Vaccination in the Punjab 1919-1929 - 1919-1929
Year: 1919
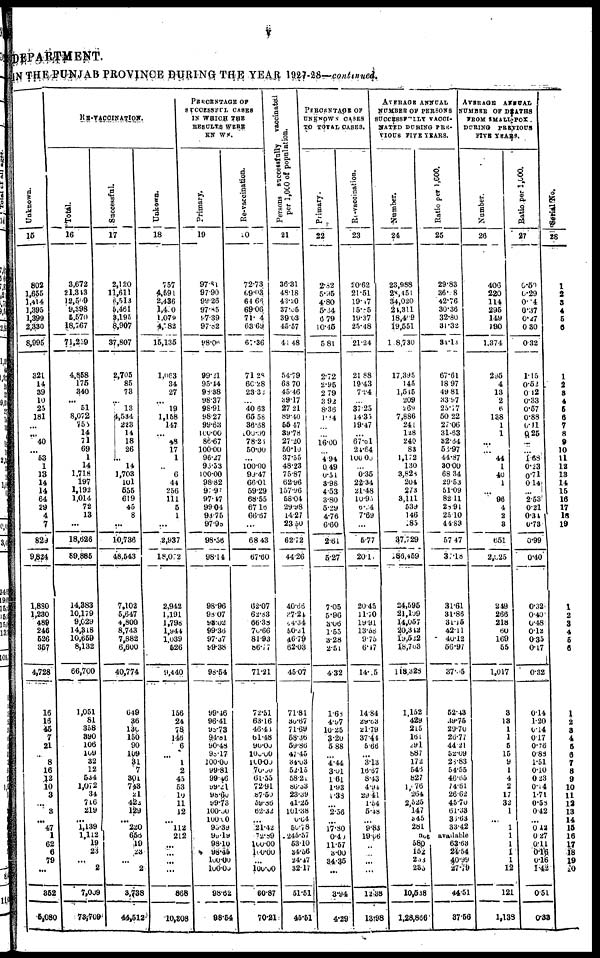
V
DEPARTMENT.
IN THE PUNJAB PROVINCE DURING THE YEAR 1927-28—continued.
Unknown.
15
802
1,655
1,414
1,395
1,399
2,330
8,995
321
14
39
10
25
181
...
...
40
...
53
1
13
14
14
64
29
4
7
829
9,824
1,880
1,230
489
246
526
357
4,728
16
16
45
7
21
...
8
16
42
10
3
...
3
...
47
1
62
6
79
...
352
5,080
RE-VACCINATION.
Total.
16
3,672
21,313
12,509
9,398
5,570
18,767
71,259
4,858
176
340
...
51
8,072
755
14
71
69
1
14
1,718
197
1,192
1,014
72
13
...
18,626
89.885
14,383
10,179
9,029
14,318
10,659
8,132
66,700
1,051
81
358
390
106
109
32
12
534
1,072
34
716
219
...
1,139
1,112
19
23
...
2
7,009
73,709
Successful.
17
2,120
11,611
6,513
5,461
3,195
8,907
37,807
2,705
85
73
...
13
4,534
223
14
18
26
...
14
1,703
101
555
619
45
8
...
10,736
48,543
7,102
5,647
4,800
8,743
7,882
6,600
40,774
649
36
130
150
90
109
31
7
301
743
21
422
129
...
220
665
19
23
...
2
3,738
44,512
Unkown.
18
757
4,591
2,436
1,490
1,079
4,782
15,135
1,063
34
27
. ..
19
1,158
147
...
8
17
1
...
6
44
256
111
5
1
...
2,937
18,072
2,942
1,191
1,798
1,944
1,039
526
9,440
156
24
78
146
6
...
1
2
45
53
10
11
12
...
112
212
...
...
...
...
868
10,308
PERCENTAGE OF
SUCCESSFUL CASES
IN WHICH THE
RESULTS WERE
KNOWN.
Primary.
19
97.81
97.90
99.26
97.85
97.39
97.82
98.06
99.21
95.44
98.38
98.37
98.91
98.27
99.63
100.00
86.67
100.00
96.27
96.53
100.00
98.82
97.97
97.47
99.04
93.75
97.98
98.56
98.14
98.96
98.07
98.02
99.36
97.37
99.38
98.54
99.46
96.41
98.73
94.81
90.48
98.17
100.00
99.81
99.46
99.21
98.60
99.73
100.00
100.00
95.39
99.19
98.10
98.45
100.00
100.00
98.62
98.54
Re-vaccination.
20
72.73
69.03
64.66
69.06
71. 4
63.69
67.36
71.28
60.28
23.32
...
40.63
65.58
36.68
100.00
78.26
50.00
...
100.00
99.47
66.01
59.29
68.55
67.16
66.67
...
68.43
67.60
62.07
62.83
66.38
70.66
81.93
86.17
71.21
72.51
63.16
46.43
61.48
90.00
100.00
100.00
70.00
61.55
72.91
87.50
59.86
62.32
...
21.42
72.89
100.00
100.00
...
100.00
60.87
70.21
Persons successfully vaccinated
per 1,000 of population.
21
36.31
48.18
43.20
37.06
39.03
45.57
41.48
54.79
68.70
45.46
39.17
27.21
89.40
55.47
39.78
27.20
50.10
37.55
48.23
75.87
62.96
157.96
58.04
29.98
14.27
23.50
62.72
44.26
40.66
37.24
84.34
50.31
46.70
62.03
45.07
71.81
30.67
71.69
58.36
59.86
47.45
34.03
52.15
58.21
86.33
23.39
41.25
101.38
0.64
50.78
245.57
53.10
34.56
24.47
32.17
51.51
45.61
PERCENTAGE OF
UNKNOWN CASES
TO TOTAL CASES.
Primary.
22
2.82
5.95
4.80
5.34
0.79
10.45
5.81
2.72
2.95
2.79
3. 92
8.36
1.84
...
...
16.00
...
4.94
0.49
0.51
3.98
4.53
3.80
5.29
4.76
6.60
2.61
5.27
7.05
5.96
3.06
1.55
3.28
2.51
4.32
1.68
4.97
10.25
3.20
5.88
...
4.44
3.01
1.61
1.93
1.38
...
2.56
...
17.80
0.40
11.57
3.00
34.35
...
3.94
4.29
Re-vaccination.
23
20.62
21.51
19.47
15.85
19.37
25.48
21.24
21.88
19.43
7.94.
...
37.25
14.35
19.47
. ..
67.61
24.64
100.00
...
0.35
22.34
21.48
10.95
6.94
7.69
...
5.77
20.1
20.45
11.70
19.91
13.58
9.75
6.47
140.5
14.84
29.63
21.79
37.44
5.66
...
3.13
16.67
8.43
4.94
29.41
1.54
5.48
...
9.83
19.06
...
...
...
...
12.38
13.98
AVERAGE ANNUAL
NUMBER OF PERSONS
SUCCESSFULLY VACCI¬
NATED DURING PRE¬
VIOUS FIVE YEARS.
Number.
24
23,988
28,451
34,020
21,311
18,409
19,551
18,730
17,395
145
1,515
209
269
7,886
241
l28
240
83
1,172
130
3,828
204
273
3,111
539
146
285
37,729
186,459
24,595
21,109
14,057
20,312
19,522
18,703
118,328
1,152
429
215
161
291
887
172
546
827
1,76
264
2,525
147
345
281
Ratio per 1.000.
25
29.83
36.08
42.76
30. 36
32.80
31.32
34.13
67.61
18.97
49.81
33.97
25.77
50.22
27.06
31.63
32.64
56.97
44.87
30.00
68.34
29.53
51.09
82.11
28.9l
25.10
44.83
57.47
37.18
31.61
31.86
31.15
42.11
40.12
56.97
37.55
52.43
39.75
29.70
26.77
44.21
52.09
28.83
54.55
46.65
74.61
26.62
45.70
61.33
36.63
33.42
not available
580
152
283
235
10,538
1,28,866
63.63
24.54
40.99
27.79
44.51
37.56
AVERAGE ANNUAL
NUMBER
OF DEATHS
FROM SMALL-POX .
DURING PREVIOUS
FIVE YEARS.
Number.
26
406
220
114
296
149
190
1,374
295
4
13
2
6
138
1
1
...
...
44
1
40
1
...
96
4
2
3
651
2,025
249
266
218
60
169
55
1,017
3
13
1
1
5
15
9
1
4
2
17
32
1
...
1
1
1
1
1
12
121
1,138
Ratio
per 1,000.
27
0.51
0.29
0.04
0.37
0.27
0.30
0.32
1.15
0.52
0 12
0.33
0.57
0.88
0.11
0.25
...
...
1.68
0.23
0.71
0.14
...
2.53
0.21
0.31
0.73
0.99
0.40
0.32
0.40
0.48
0.12
0.35
0.17
0.32
0.14
1.20
0.14
0.17
0.76
0.88
1.51
0.10
0. 23
0.14
1.71
0.58
0.42
...
0.12
0.27
0.11
0.16
0.16
1.42
0.51
0.33
Searial
No.
28
1
2
3
4
5
6
1
2
3
4
5
6
7
8
9
10
11
12
13
14
15
16
17
18
19
1
2
3
4
5
6
1
2
3
4
5
6
7
8
9
10
11
12
13
14
15
16
17
18
19
20